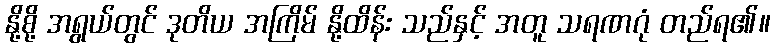
နို့စို့ အရွယ်တွင် ဒုတိယ အကြိမ် နို့ထိန်း သည်နှင့် အတူ သရဏဂုံ တည်ရ၏။